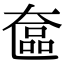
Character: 奩